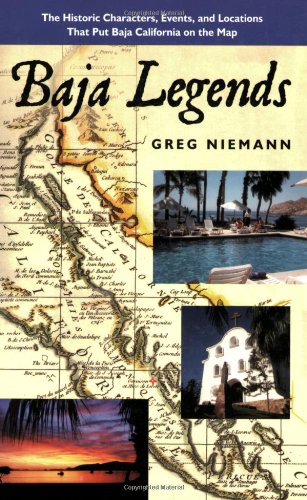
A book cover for Baja Legends: The Historic Characters, Events, and Locations That Put Baja California on the Map (Sunbelt Cultural Heritage Books); Greg Niemann; Biographies & Memoirs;